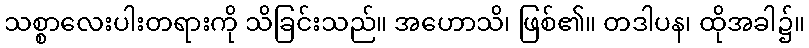
သစ္စာလေးပါးတရားကို သိခြင်းသည်။ အဟောသိ၊ ဖြစ်၏။ တဒါပန၊ ထိုအခါ၌။